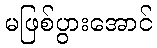
မဖြစ်ပွားအောင်